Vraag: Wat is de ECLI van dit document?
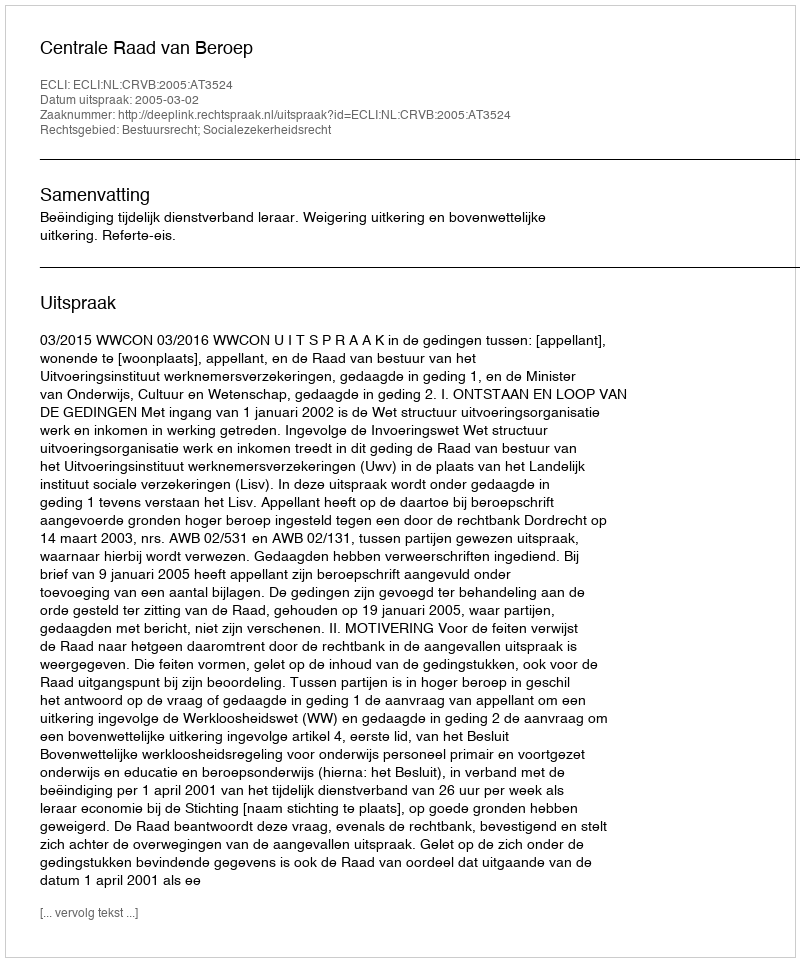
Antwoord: ECLI:NL:CRVB:2005:AT3524